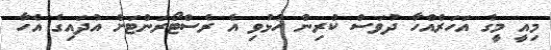
މިއީ މީގެ އަހަރެއްހާ ދުވަސް ކުރިން ހުޅުވި އެ ރެސްޓޯރަންޓަށް އުދައިގެ އެހާ